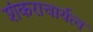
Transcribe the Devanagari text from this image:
शंकराचार्यत्व